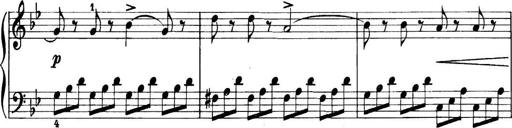
Title: 11 Sonatinas
Composer: Anton Diabelli